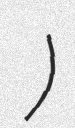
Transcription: হবখালি ইউনিয়ন)